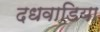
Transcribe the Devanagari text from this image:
दधवाडिया